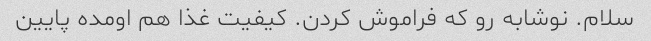
سلام. نوشابه رو که فراموش کردن. کیفیت غذا هم اومده پایین